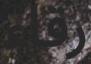
رقاء